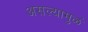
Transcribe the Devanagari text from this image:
असल्यामुळं